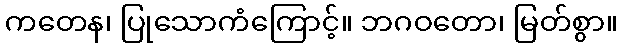
ကတေန၊ ပြုသောကံကြောင့်။ ဘဂဝတော၊ မြတ်စွာ။